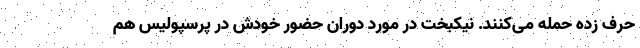
حرف زده حمله می‌کنند. نیکبخت در مورد دوران حضور خودش در پرسپولیس هم